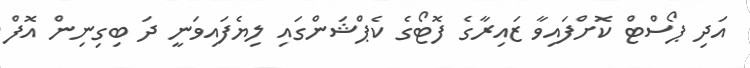
އަދި ޕޯސްޓް ކޮށްފައިވާ ޒައިރާގެ ފޮޓޯގެ ކެޕްޝަންގައި ލިޔެފައިވަނީ ދަ ބިގިނިން އޮފް